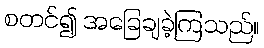
စတင်၍ အခြေချခဲ့ကြသည်။